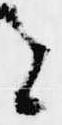
と